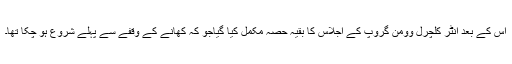
اس کے بعد انٹر کلچرل وومن گروپ کے اجلاس کا بقیہ حصہ مکمل کیا گیاجو کہ کھانے کے وقفے سے پہلے شروع ہو چکا تھا۔